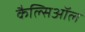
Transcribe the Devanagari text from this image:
कैल्सिऑल